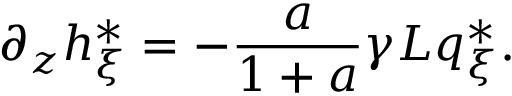
\partial _ { z } h _ { \xi } ^ { * } = - \frac { a } { 1 + a } \gamma L q _ { \xi } ^ { * } .